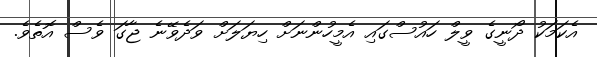
އެކަމަކު ދޯނީގެ ވީލް ހައުސްގައި އެމީހުންނަށް ހިޔަލަށް ވަދެވޭނެ ޖާގަ ވެސް އޮތެވެ.